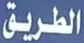
الطريق